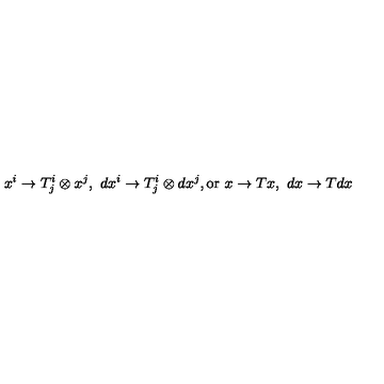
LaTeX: x ^ { i } \rightarrow T _ { j } ^ { i } \otimes x ^ { j } , \ d x ^ { i } \rightarrow T _ { j } ^ { i } \otimes d x ^ { j } , \mathrm { o r } \ x \rightarrow T x , \ d x \rightarrow T d x